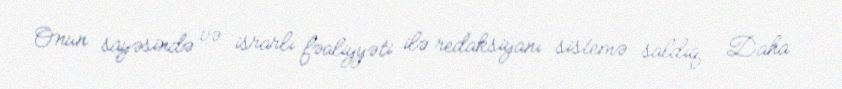
Onun sayəsində və israrlı fəaliyyəti ilə redaksiyanı sistemə saldıq... Daha